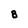
Character: B